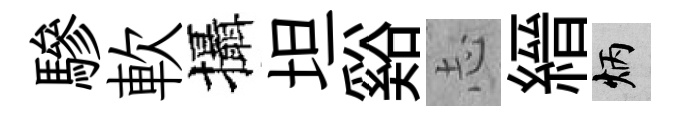
驂軟攝坦谿𢖽縉炳